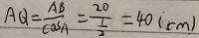
A Q = \frac { A B } { \cos A } = \frac { 2 0 } { \frac { 1 } { 2 } } = 4 0 ( c m )